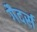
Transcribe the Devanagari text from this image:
गैदर्स